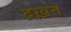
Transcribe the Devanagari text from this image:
द्रख़त